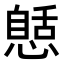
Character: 𢠾